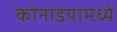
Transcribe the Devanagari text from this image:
कोनाडयामध्ये